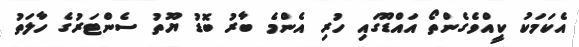
އެކަމަކު ކީއްވެގެންތޯ އައްޑޫގައި ހުރި އެންމެ ބާރު ބޮޑު ޔޫތު ސެންޓަރުގެ ހާލަތު